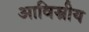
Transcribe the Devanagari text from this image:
आविस्नीय